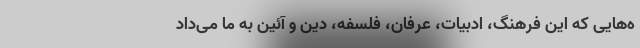
ه‌هایی که این فرهنگ، ادبیات، عرفان، فلسفه، دین و آئین به ما می‌داد